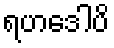
ရဟဒေါပိ